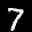
Label: 7